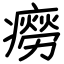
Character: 癆